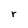
Character: r